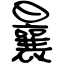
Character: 曩